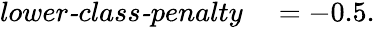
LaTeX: \begin{array}{rl}{\textit{lower-class-penalty}}&{{}=-0.5.}\end{array}